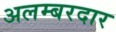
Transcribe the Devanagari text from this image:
अलम्बरदार